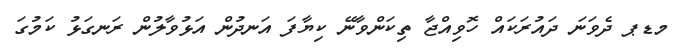
މޑޕ ދެވަނަ ދައުރަކައް ހޮވިއްޖާ ތިކަންވާނޭ ކިޔާފަ އަނދުން އަޅުވާލުން ރަނގަޅު ކަމުގަ